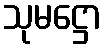
သုမဋ္ဌော